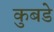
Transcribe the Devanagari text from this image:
कुबडे